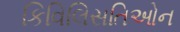
કિવિલિસતિઓન